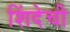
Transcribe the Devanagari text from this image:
शिंदेची